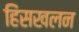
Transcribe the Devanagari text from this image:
हिंसखलन